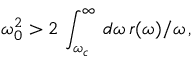
\omega _ { 0 } ^ { 2 } > 2 \, \int _ { \omega _ { c } } ^ { \infty } \, d \omega \, r ( \omega ) / \omega \, ,